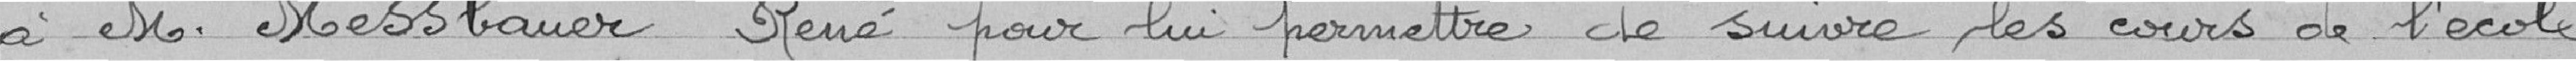
à M. Messbauer René pour lui permettre de suivre les cours de l'école Polythecnique .